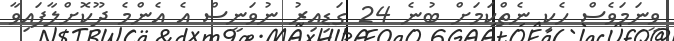
ވީނަމަވެސް ހެކި ނެތްކަމަށް ބުނެ 24 ގަޑިއިރު ނުވަނީސް އެ އެންމެ ދޫކޮށްލާފައިވާ